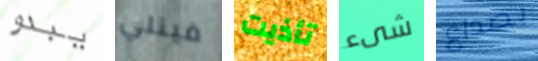
يبدو فينلي تأذيت شىء بصداع